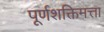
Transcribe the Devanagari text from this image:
पूर्णशक्तिमत्ता